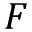
F